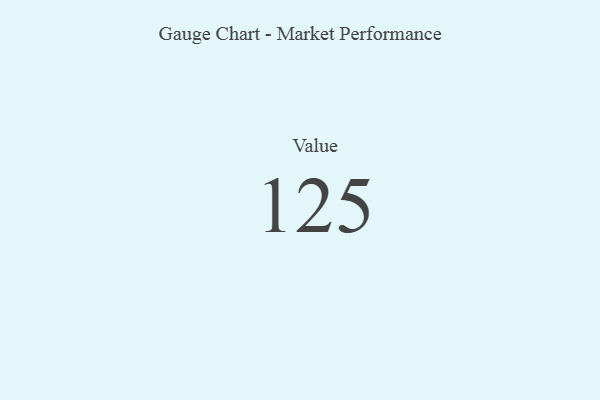
{"axis": {"x": "Metric", "y": "Value"}, "legend": [""], "data": [{"x": "Value", "y": 125, "type": ""}]}